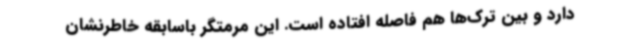
دارد و بین ترک‌ها هم فاصله افتاده است. این مرمتگر باسابقه خاطرنشان